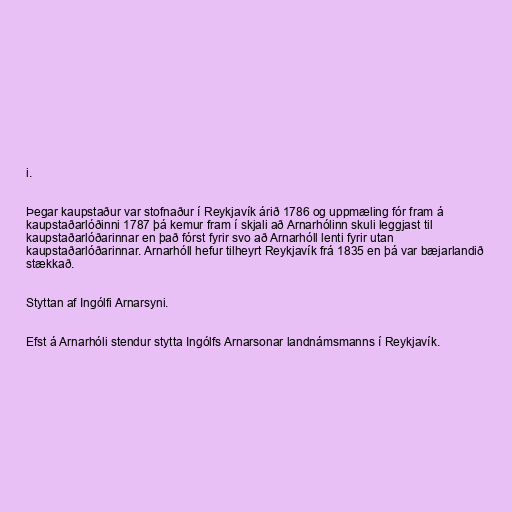
i.

Þegar kaupstaður var stofnaður í Reykjavík árið 1786 og uppmæling fór fram á
kaupstaðarlóðinni 1787 þá kemur fram í skjali að Arnarhólinn skuli leggjast til
kaupstaðarlóðarinnar en það fórst fyrir svo að Arnarhóll lenti fyrir utan
kaupstaðarlóðarinnar. Arnarhóll hefur tilheyrt Reykjavík frá 1835 en þá var bæjarlandið
stækkað.

Styttan af Ingólfi Arnarsyni.

Efst á Arnarhóli stendur stytta Ingólfs Arnarsonar landnámsmanns í Reykjavík.